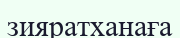
зияратханаға